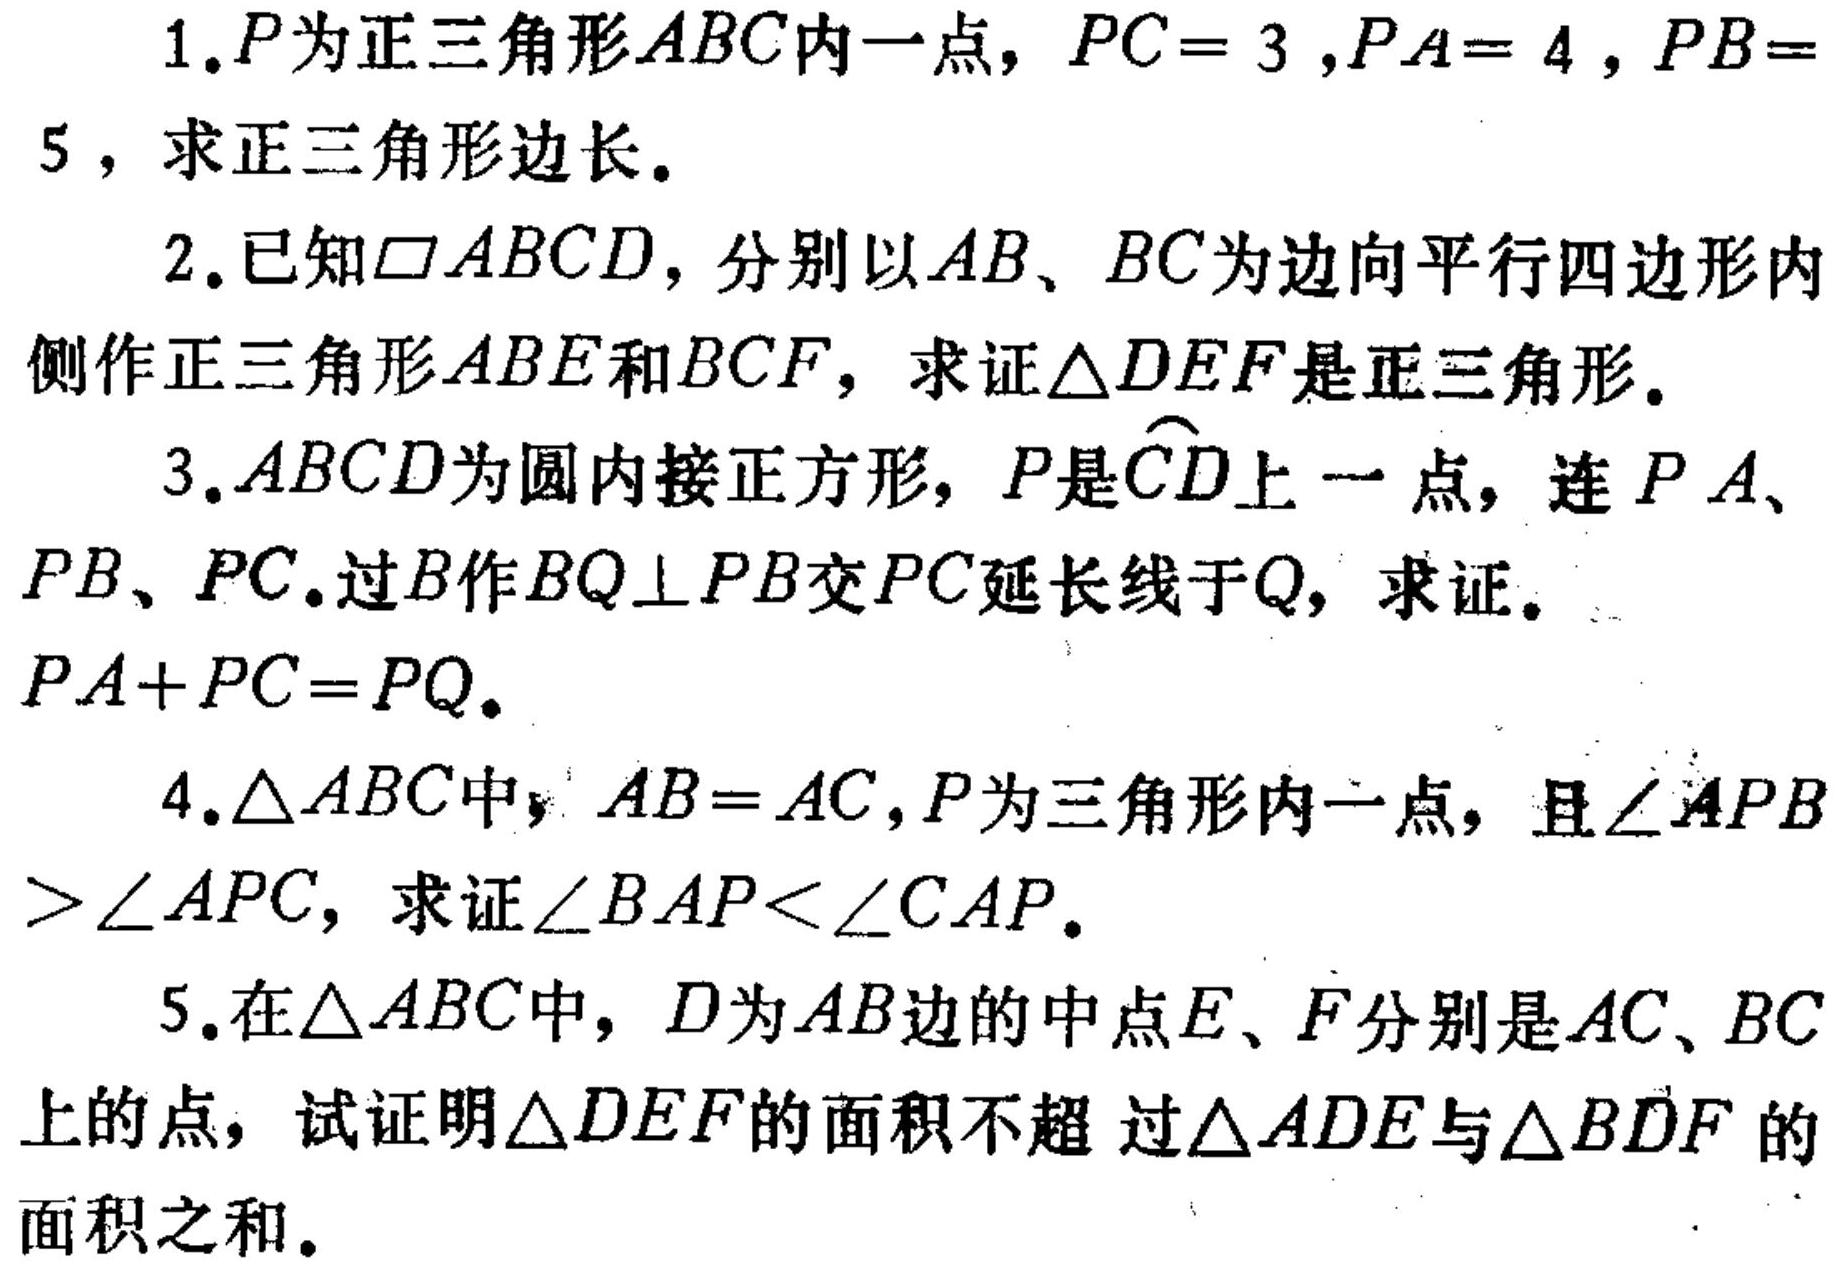
1. \(P\)为正三角形\(ABC\)内一点，\(PC = 3\), \(PA = 4\), \(PB = 5\)，求正三角形边长。
2. 已知\(\square ABCD\)，分别以\(AB\)、\(BC\)为边向平行四边形内侧作正三角形\(ABE\)和\(BCF\)，求证\(\triangle DEF\)是正三角形。
3. \(ABCD\)为圆内接正方形，\(P\)是\(\overset{\frown}{CD}\)上一点，连\(PA\)、\(PB\)、\(PC\)。过\(B\)作\(BQ\perp PB\)交\(PC\)延长线于\(Q\)，求证\(PA + PC = PQ\)。
4. \(\triangle ABC\)中，\(AB = AC\)，\(P\)为三角形内一点，且\(\angle APB>\angle APC\)，求证\(\angle BAP<\angle CAP\)。
5. 在\(\triangle ABC\)中，\(D\)为\(AB\)边的中点，\(E\)、\(F\)分别是\(AC\)、\(BC\)上的点，试证明\(\triangle DEF\)的面积不超过\(\triangle ADE\)与\(\triangle BDF\)的面积之和。